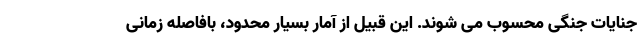
جنایات جنگی محسوب می شوند. این قبیل از آمار بسیار محدود، بافاصله زمانی